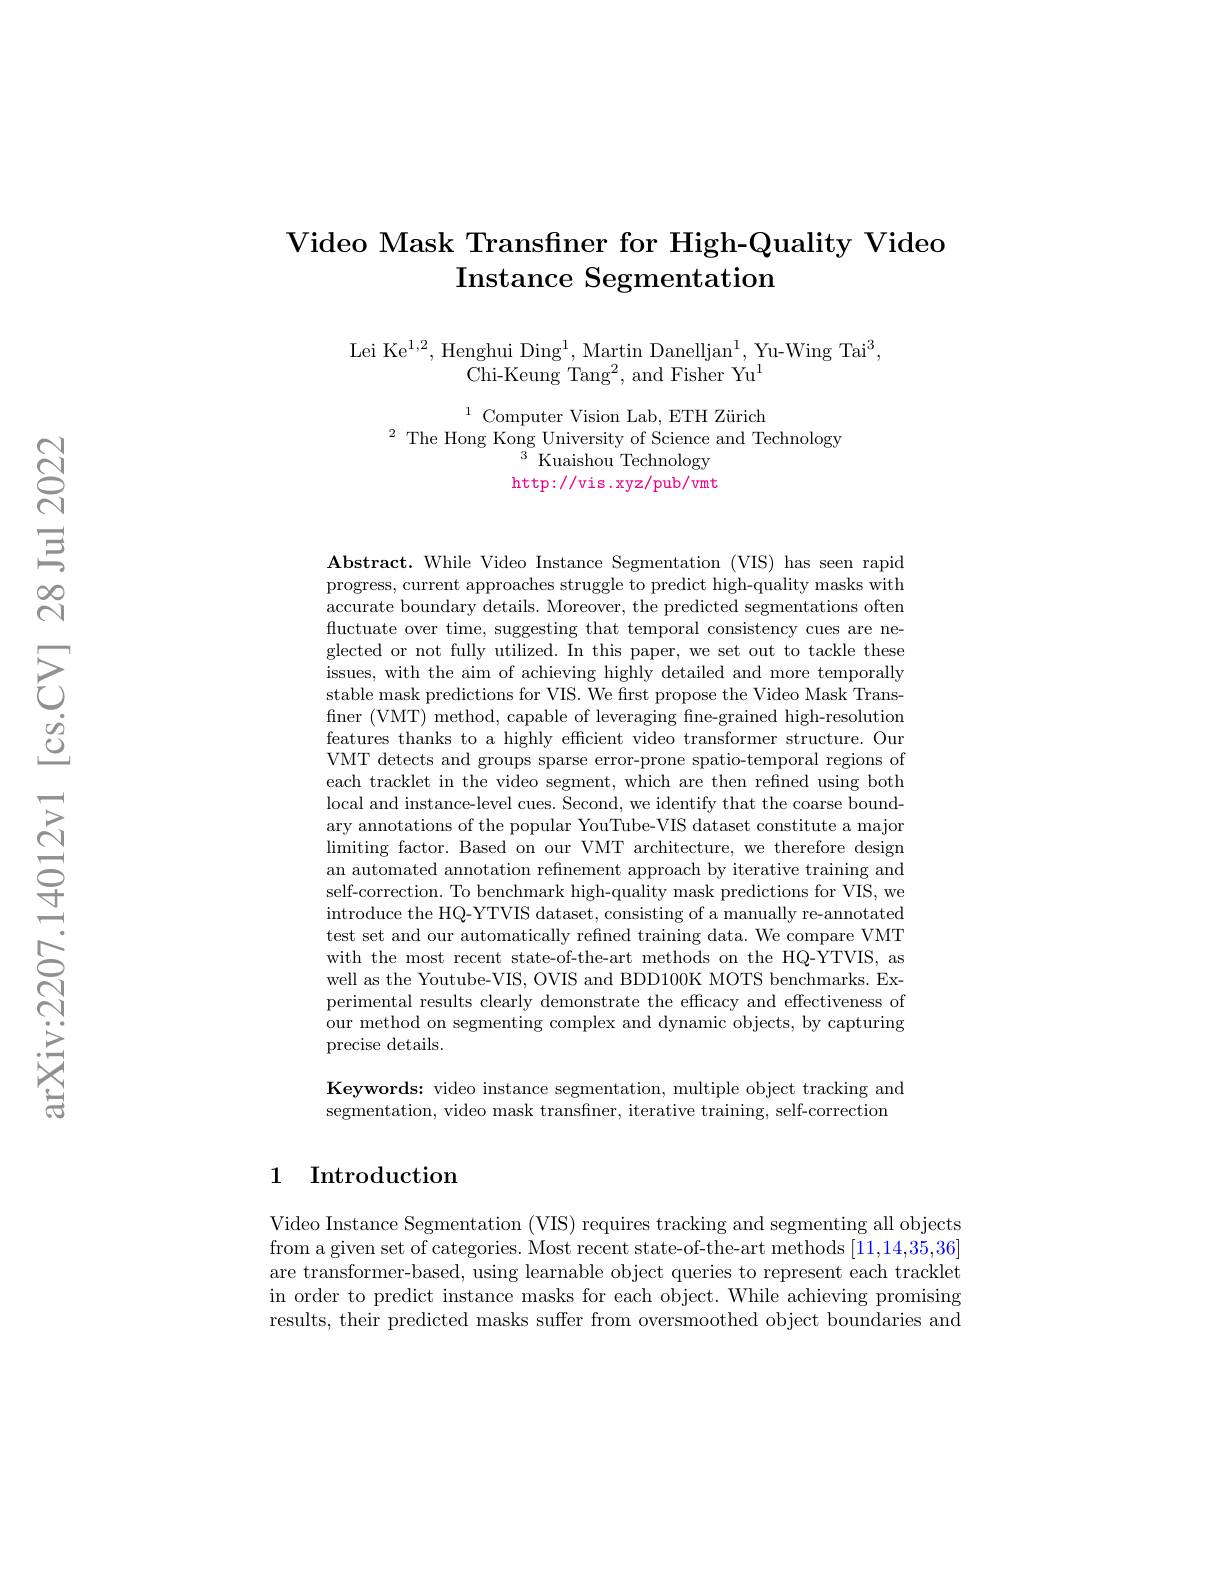
# Video Mask Transfiner for High-Quality Video Instance Segmentation

Lei Ke$^1,2$,Henghui Ding$^1$,Martin Danelljan$^1$,Yu-Wing Tai$^3$,
Chi-Keung Tang$^2$,and Fisher Yu$^1$

$^{1}\text{Computer Vision Lab, ETH Zürich}\\^{2}\text{ The Hong Kong University of Science and Technology}\\^{3}\text{Kuaishou Technologv}$
$\operatorname{http://vis.xyz/pub/vmt}$

Abstract. While Video Instance Segmentation (VIS) has seen rapid progress, current approaches struggle to predict high-quality masks with accurate boundary details. Moreover, the predicted segmentations often fluctuate over time, suggesting that temporal consistency cues are neglected or not fully utilized. In this paper, we set out to tackle these issues, with the aim of achieving highly detailed and more temporally stable mask predictions for VIS. We first propose the Video Mask Transfiner (VMT) method, capable of leveraging fine-grained high-resolution features thanks to a highly efficient video transformer structure. Oun VMT detects and groups sparse error-prone spatio-temporal regions of each tracklet in the video segment, which are then refined using both local and instance-level cues. Second, we identify that the coarse boundary annotations of the popular YouTube-VIS dataset constitute a major $\operatorname*{limiting}$ factor. Based on our VMT architecture, we therefore design an automated annotation refinement approach by iterative training and self-correction. To benchmark high-quality mask predictions for VIS, we introduce the HQ-YTVIS dataset, consisting of a manually re-annotated test set and our automatically refined training data. We compare VMT with the most recent state-of-the-art methods on the HQ-YTVIS, as well as the Youtube-VIS, OVIS and BDD100K MOTS benchmarks. Experimental results clearly demonstrate the efficacy and effectiveness of our method on segmenting complex and dynamic objects, by capturing precise details.

Keywords: video instance segmentation, multiple object tracking and segmentation, video mask transfiner, iterative training, self-correction

## 1 Introduction

Video Instance Segmentation (VIS) requires tracking and segmenting all objects from a given set of categories. Most recent state-of-the-art methods [11,14,35,36] are transformer-based, using learnable object queries to represent each tracklet in order to predict instance masks for each object. While achieving promising results, their predicted masks suffer from oversmoothed object boundaries and